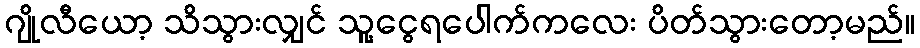
ဂျိုလီယော့ သိသွားလျှင် သူ့ငွေရပေါက်ကလေး ပိတ်သွားတော့မည်။